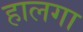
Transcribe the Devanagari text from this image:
हालगा